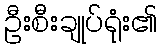
ဦးစီးချုပ်ရုံး၏